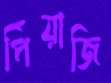
পিঁয়াজি